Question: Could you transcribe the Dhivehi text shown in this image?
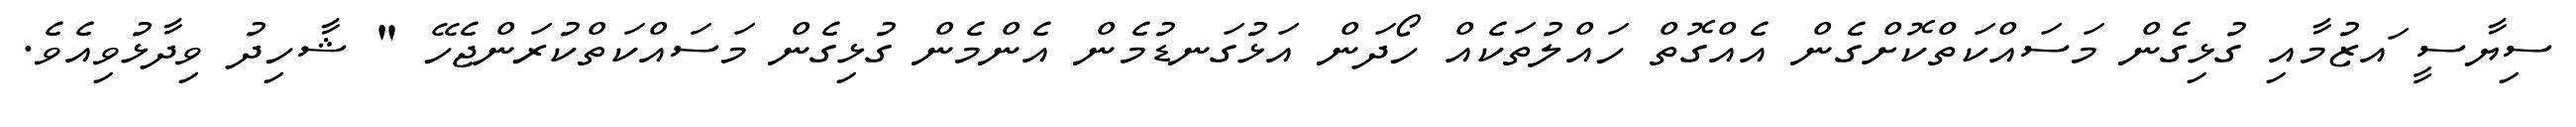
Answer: ސިޔާސީ ައޒުމާއި ގުޅިގެން މަސައްކަތްކޮށްގެން އެއްގޮތް ހައްލުތަކެއް ހޯދަން އަޅުގަނޑުމެން އެންމެން ގުޅިގެން މަސައްކަތްކުރަންޖެހޭ " ޝާހިދު ވިދާޅުވިއެވެ.